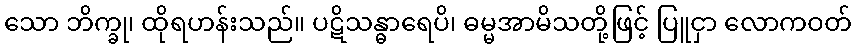
သော ဘိက္ခု၊ ထိုရဟန်းသည်။ ပဋိသန္ဓာရေပိ၊ ဓမ္မအာမိသတို့ဖြင့် ပြူငှာ လောကဝတ်